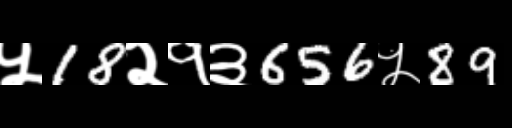
Text: ५18२१३656५89